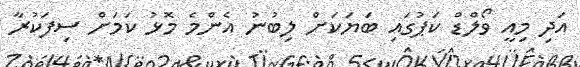
އަދި މިއީ ވޯލްޑް ކަޕުގައި ބަޔަކަށް ލިބުނު އެންމެ މޮޅު ކަމަށް ސިފަކުރާ